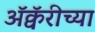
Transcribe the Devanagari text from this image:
अॅक्वॅरीच्या